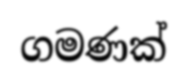
ගමණක්